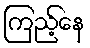
ကြည့်နေ